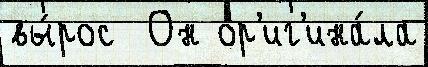
вы́рос  Он ор'иг'ина́ла